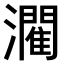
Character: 𤂶